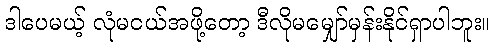
ဒါပေမယ့် လုံမငယ်အဖို့တော့ ဒီလိုမမျှော်မှန်းနိုင်ရှာပါဘူး။